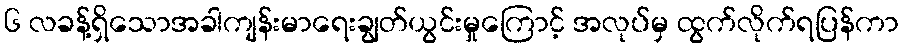
၆ လခန့်ရှိသောအခါကျန်းမာရေးချွတ်ယွင်းမှုကြောင့် အလုပ်မှ ထွက်လိုက်ရပြန်ကာ